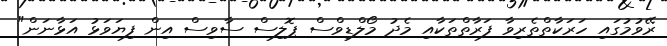
ރޭވުމުގައި ހަރަކާތްތެރިވާ ފަރާތްތަކާއި މެދު މޯލްޑިވްސް ޕޮލިސް ސާވިސް އިން ފިޔަވަޅު އަޅާނަން"